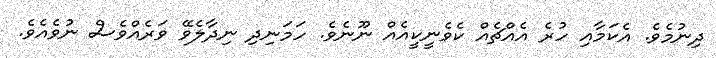
ދިނުމެވެ. އެކަމާއި ހުރެ އެއްޗެއް ކެވެނީކީއެއް ނޫނެވެ. ހަމަނިދި ނިދާލެވޭ ވަރެއްވެސް ނުވެއެވެ.